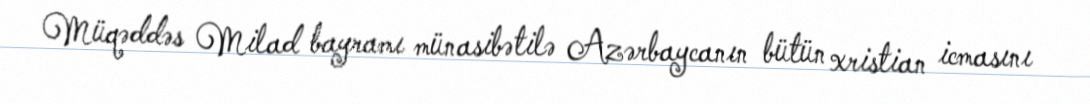
Müqəddəs Milad bayramı münasibətilə Azərbaycanın bütün xristian icmasını